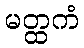
မတ္ထကံ